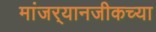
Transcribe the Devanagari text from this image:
मांजर्‍यानजीकच्या